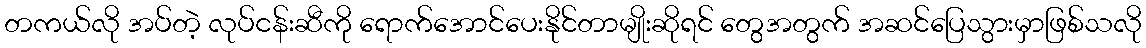
တကယ်လို အပ်တဲ့ လုပ်ငန်းဆီကို ရောက်အောင်ပေးနိုင်တာမျိုးဆိုရင် တွေအတွက် အဆင်ပြေသွားမှာဖြစ်သလို